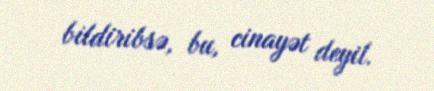
bildiribsə, bu, cinayət deyil.